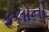
ફૂલોની